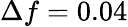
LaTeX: \Delta f=0.04